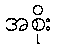
အစိုး